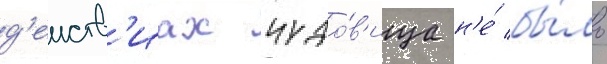
д'еиств'иах чудо́в'ища н'е́ бы́ло